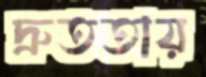
দ্রুততায়